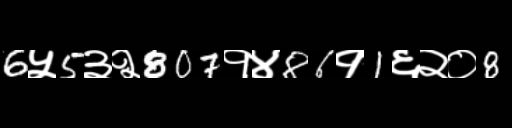
Text: 6५5३२807१४86१1६२०8